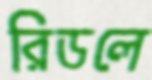
রিডলে